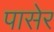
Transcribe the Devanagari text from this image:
पासेर